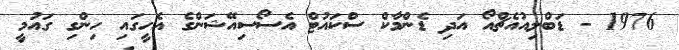
1976 - ޑަބްލިއުއެޗްއޯ އަދި ޑެންމާކް ސްކައުޓް އެސޯސިއޭޝަންގެ އެހީގައި ހިންގި ގައުމީ